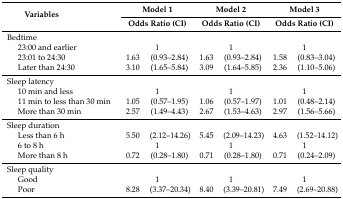
<table><thead><tr><td rowspan="2" colspan="2"><b>Variables</b></td><td colspan="2"><b>Model 1</b></td><td colspan="2"><b>Model 2</b></td><td colspan="2"><b>Model 3</b></td></tr><tr><td colspan="2"><b>Odds Ratio (CI)</b></td><td colspan="2"><b>Odds Ratio (CI)</b></td><td colspan="2"><b>Odds Ratio (CI)</b></td></tr></thead><tbody><tr><td colspan="2">Bedtime</td><td></td><td></td><td></td><td></td><td></td><td></td></tr><tr><td></td><td>23:00 and earlier</td><td colspan="2">1</td><td colspan="2">1</td><td colspan="2">1</td></tr><tr><td></td><td>23:01 to 24:30</td><td>1.63</td><td>(0.93–2.84)</td><td>1.63</td><td>(0.93–2.84)</td><td>1.58</td><td>(0.83–3.04)</td></tr><tr><td></td><td>Later than 24:30</td><td>3.10</td><td>(1.65–5.84)</td><td>3.09</td><td>(1.64–5.85)</td><td>2.36</td><td>(1.10–5.06)</td></tr><tr><td colspan="2">Sleep latency</td><td></td><td></td><td></td><td></td><td></td><td></td></tr><tr><td></td><td>10 min and less</td><td colspan="2">1</td><td colspan="2">1</td><td colspan="2">1</td></tr><tr><td></td><td>11 min to less than 30 min</td><td>1.05</td><td>(0.57–1.95)</td><td>1.06</td><td>(0.57–1.97)</td><td>1.01</td><td>(0.48–2.14)</td></tr><tr><td></td><td>More than 30 min</td><td>2.57</td><td>(1.49–4.43)</td><td>2.67</td><td>(1.53–4.63)</td><td>2.97</td><td>(1.56–5.66)</td></tr><tr><td colspan="2">Sleep duration</td><td></td><td></td><td></td><td></td><td></td><td></td></tr><tr><td></td><td>Less than 6 h</td><td>5.50</td><td>(2.12–14.26)</td><td>5.45</td><td>(2.09–14.23)</td><td>4.63</td><td>(1.52–14.12)</td></tr><tr><td></td><td>6 to 8 h</td><td colspan="2">1</td><td colspan="2">1</td><td colspan="2">1</td></tr><tr><td></td><td>More than 8 h</td><td>0.72</td><td>(0.28–1.80)</td><td>0.71</td><td>(0.28–1.80)</td><td>0.71</td><td>(0.24–2.09)</td></tr><tr><td colspan="2">Sleep quality</td><td></td><td></td><td></td><td></td><td></td><td></td></tr><tr><td></td><td>Good</td><td colspan="2">1</td><td colspan="2">1</td><td colspan="2">1</td></tr><tr><td></td><td>Poor</td><td>8.28</td><td>(3.37–20.34)</td><td>8.40</td><td>(3.39–20.81)</td><td>7.49</td><td>(2.69–20.88)</td></tr></tbody></table>